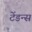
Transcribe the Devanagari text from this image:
टेंडन्स